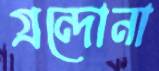
গ্রন্দোনা